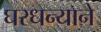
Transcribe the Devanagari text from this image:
घरधन्याने